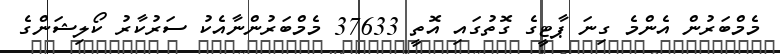
މެމްބަރުން އެންމެ ގިނަ ޕާޓީގެ ގޮތުގައި އޮތީ 37633 މެމްބަރުންނާއެކު ސަރުކާރު ކޯލިޝަންގެ